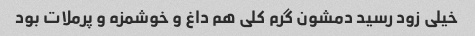
خیلی زود رسید دمشون گرم کلی هم داغ و خوشمزه و پرملات بود